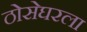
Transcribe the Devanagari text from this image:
ठोसेघरला